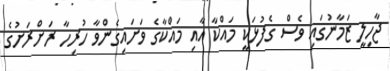
ޖާހިލީ ޒަމާނުގައި ވެސް ގެފުޅަކީ މައްކާ އާއި މައްކާގެ ވަށައިގެންވާ ހުރިހާ ރަށްރަށުގެ